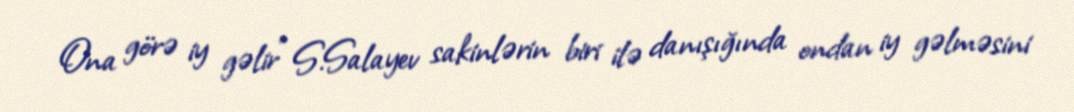
Ona görə iy gəlir” S.Salayev sakinlərin biri ilə danışığında ondan iy gəlməsini